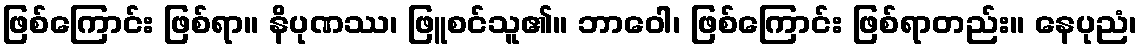
ဖြစ်ကြောင်း ဖြစ်ရာ။ နိပုဏဿ၊ ဖြူစင်သူ၏။ ဘာဝေါ၊ ဖြစ်ကြောင်း ဖြစ်ရာတည်း။ နေပုညံ၊